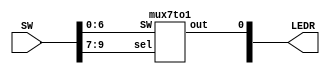
module lab_2(
	input [9:0] SW,
	output [9:0] LEDR // will only use 0
	);
	
	mux7to1 mux1(LEDR[0], SW[6:0], SW[9:7]);
endmodule

module mux7to1(
	output reg out,
	input[6:0] SW,
	input[2:0] sel
	);
	
	always @(*)
	begin
		case (sel)
			3'b000: out = SW[0];
			3'b001: out = SW[1];
			3'b010: out = SW[2];
			3'b011: out = SW[3];
			3'b100: out = SW[4];
			3'b101: out = SW[5];
			3'b110: out = SW[6];
			default: out = 1'b0; // default to 1 bit 0
		endcase
	end
endmodule